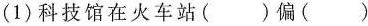
(1)科技馆在火车站( )偏( )